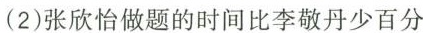
(2)张欣怡做题的时间比李敬丹少百分